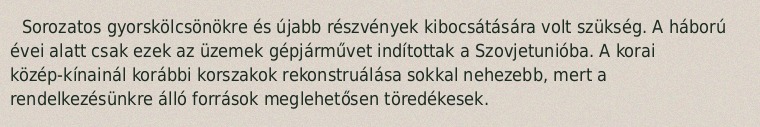
Sorozatos gyorskölcsönökre és újabb részvények kibocsátására volt szükség. A háború évei alatt csak ezek az üzemek gépjárművet indítottak a Szovjetunióba. A korai közép-kínainál korábbi korszakok rekonstruálása sokkal nehezebb, mert a rendelkezésünkre álló források meglehetősen töredékesek.